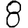
Digit: 8